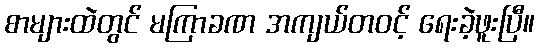
စာများထဲတွင် မကြာခဏ အကျယ်တဝင့် ရေးခဲ့ဖူးပြီ။